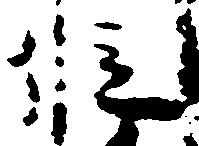
位